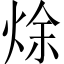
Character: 𰞩